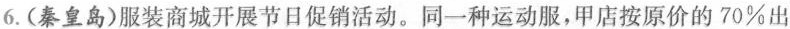
6.(秦皇岛)服装商城开展节日促销活动。同一种运动服，甲店按原价的70\%出